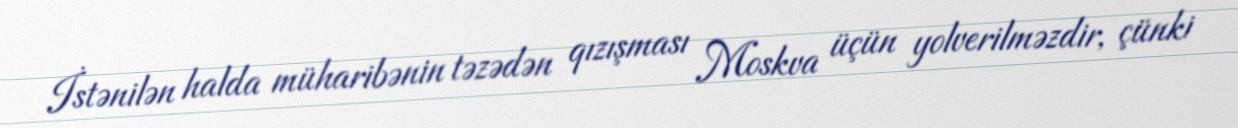
İstənilən halda müharibənin təzədən qızışması Moskva üçün yolverilməzdir, çünki